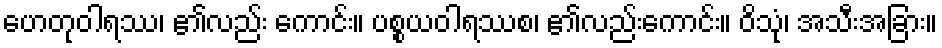
ဟေတုဝါရဿ၊ ၏လည်း ကောင်း။ ပစ္စယဝါရဿစ၊ ၏လည်းကောင်း။ ဝိသုံ၊ အသီးအခြား။